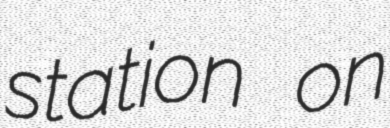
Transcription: station on